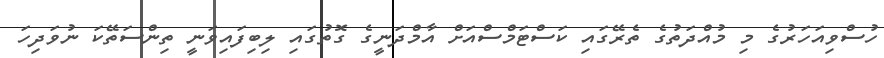
ހުސްވިއަހަރުގެ މި މުއްދަތުގެ ތެރޭގައި ކަސްޓަމްސްއަށް އާމްދަނީގެ ގޮތުގައި ލިބިފައިވަނީ ތިންސަތޭކަ ނުވަދިހަ